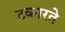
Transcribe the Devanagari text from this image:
टकारते